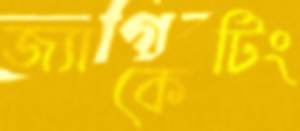
জ্যাকেটিং